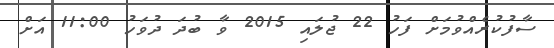
ސާފުކުރެއްވުމަށް ފަހު 22 ޖުލައި 2015 ވާ ބުދަ ދުވަހު 11:00 އަށް